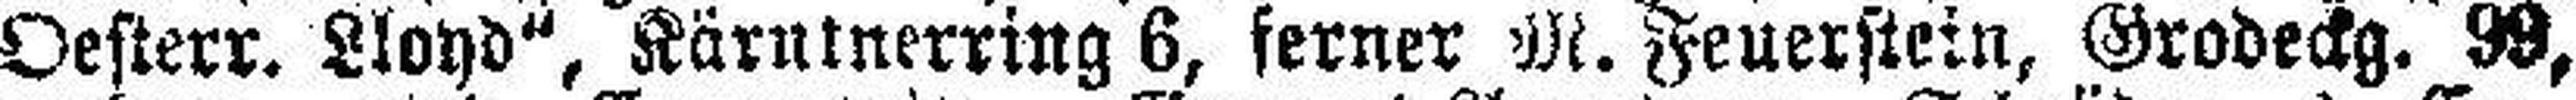
„Oesterr. Lloyd“, Kärninerring 6, ferner M. Feuerstein, Grodeckg. 99,